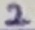
Text: 2